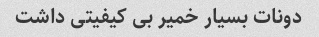
دونات بسیار خمیر بی کیفیتی داشت